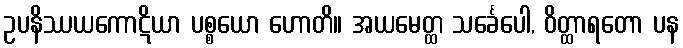
ဥပနိဿယကောဋိယာ ပစ္စယော ဟောတိ။ အယမေတ္ထ သင်္ခေပေါ, ဝိတ္ထာရတော ပန